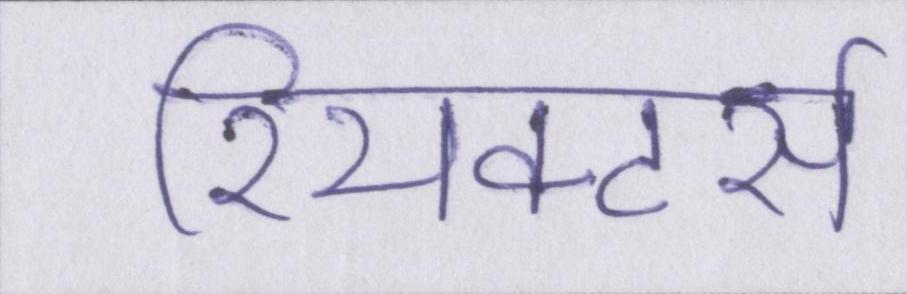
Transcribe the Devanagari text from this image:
रियक्टर्स